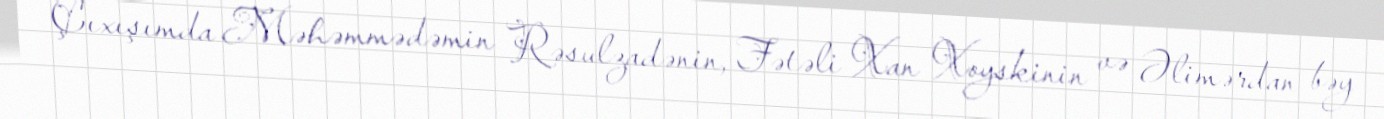
Çıxışımda Məhəmmədəmin Rəsulzadənin, Fətəli Xan Xoyskinin və Əlimərdan bəy